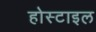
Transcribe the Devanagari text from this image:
होस्टाइल